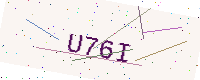
Text: U76I